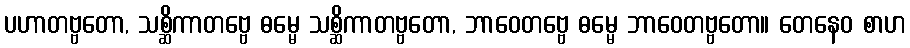
ပဟာတဗ္ဗတော, သစ္ဆိကာတဗ္ဗေ ဓမ္မေ သစ္ဆိကာတဗ္ဗတော, ဘာဝေတဗ္ဗေ ဓမ္မေ ဘာဝေတဗ္ဗတော။ တေနေဝ စာဟ